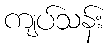
ကျပ်သန်း